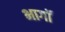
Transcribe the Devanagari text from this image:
भागॉ